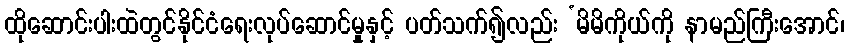
ထိုဆောင်းပါးထဲတွင်နိုင်ငံရေးလုပ်ဆောင်မှုနှင့် ပတ်သက်၍လည်း ‘မိမိကိုယ်ကို နာမည်ကြီးအောင်၊